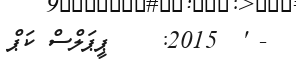
- '  2015:    ޕީޕަލްސް ކަޕް